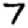
Digit: 7